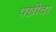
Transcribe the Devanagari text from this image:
पछोवा